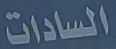
السادات